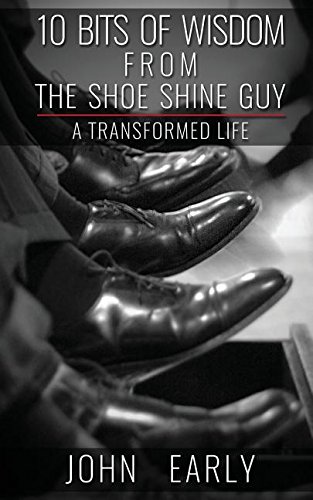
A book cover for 10 Bits of Wisdom From The Shoe Shine Guy: A Transformed Life; John Early; Religion & Spirituality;